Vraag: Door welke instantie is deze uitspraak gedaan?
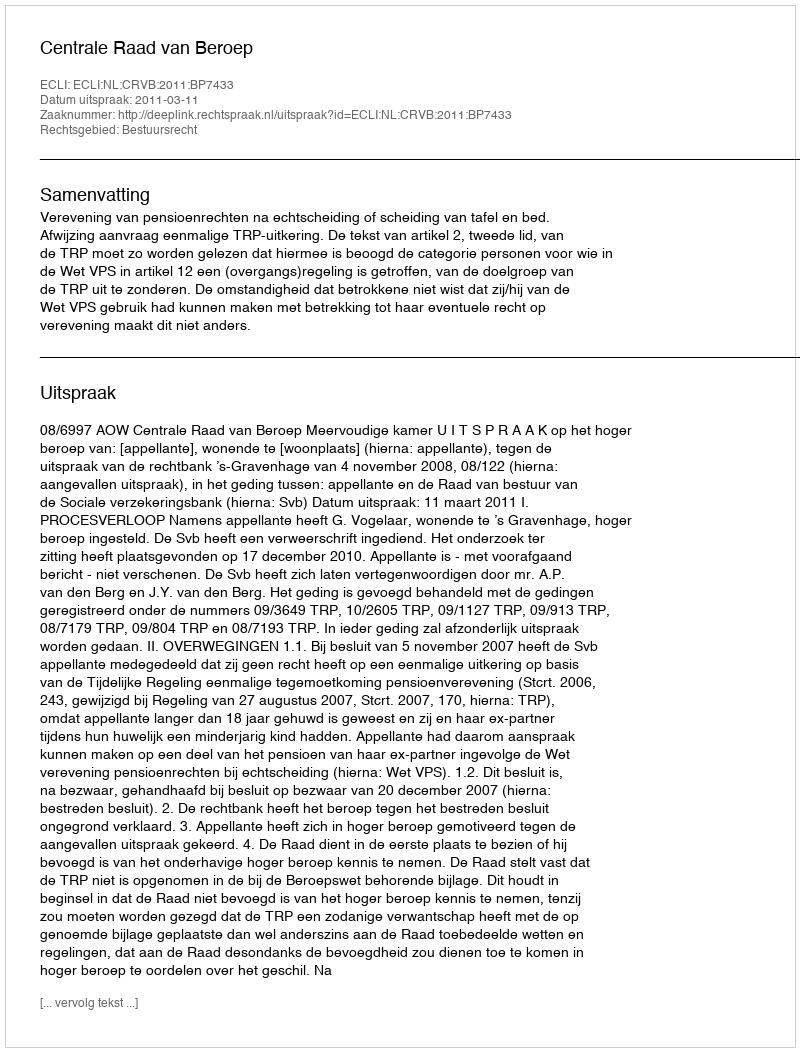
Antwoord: Centrale Raad van Beroep